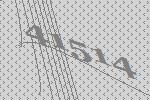
41514